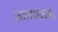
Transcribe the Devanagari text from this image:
कालप्रवास